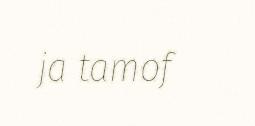
ja tamof